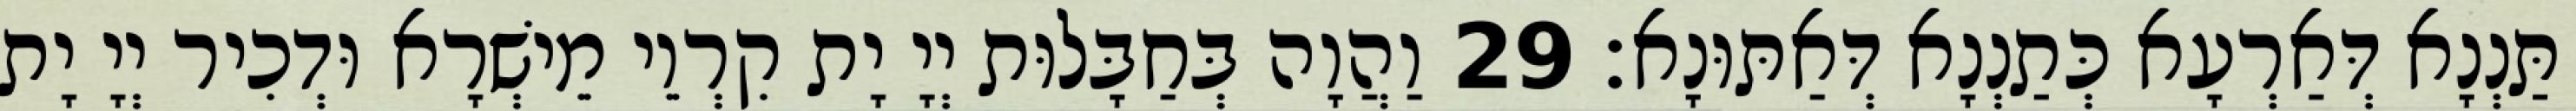
תַּנְנָא דְּאַרְעָא כְּתַנְנָא דְּאַתּוּנָא׃ 29 וַהֲוָה בְּחַבָּלוּת יְיָ יָת קִרְוֵי מֵישְׁרָא וּדְכִיר יְיָ יָת